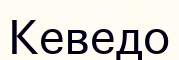
Кеведо